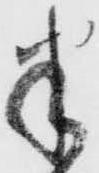
半